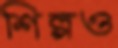
শিল্পও